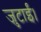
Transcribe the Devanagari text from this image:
जुटाईं।